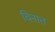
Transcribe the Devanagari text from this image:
चिनात